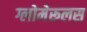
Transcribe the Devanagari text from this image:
ग्लोमेरूलस